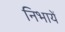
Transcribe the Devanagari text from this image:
निभायें